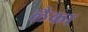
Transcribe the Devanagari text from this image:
लैका